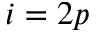
i = 2 p